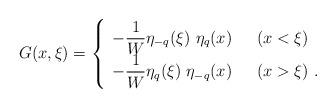
\begin{align*}G (x,\xi) =\left\{ \begin{array}{ll}- \displaystyle {1 \over W} \eta_{-q} (\xi)\ \eta_q (x) & \ \ (x < \xi) \\- \displaystyle {1 \over W} \eta_{q} (\xi)\ \eta_{-q} (x) & \ \ (x >\xi) \ .\end{array}\right.\end{align*}